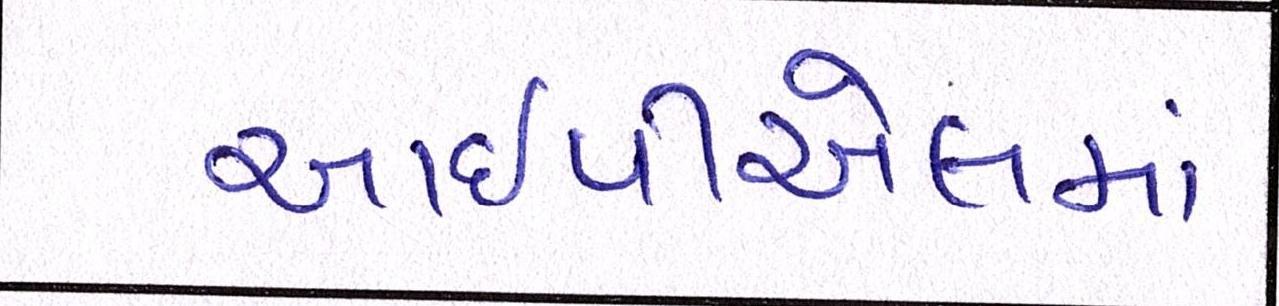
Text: આઇપીએલમાં